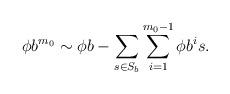
LaTeX: \begin{align*}\phi b^{m_0}\sim \phi b-\sum_{s\in S_b}\sum_{i=1}^{m_0-1}\phi b^is.\end{align*}